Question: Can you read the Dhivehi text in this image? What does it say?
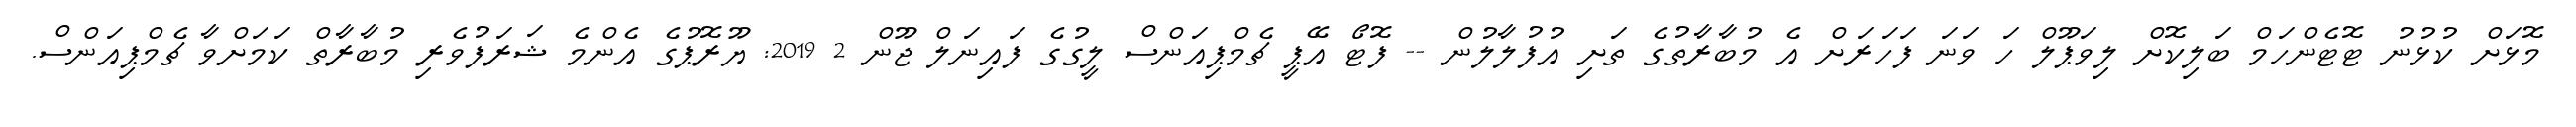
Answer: މޮޅަށް ކުޅުނު ޓޮޓެންހަމް ބަލިކޮށް ލިވަޕޫލް ހަ ވަނަ ފަހަރަށް އެ މުބާރާތުގެ ތަށި އުފުލާލުން -- ފޮޓޯ އޭޕީ ޗެމްޕިއަންސް ލީގުގެ ފައިނަލް ޖޫން 2 2019: ޔޫރޮޕުގެ އެންމެ ޝަރަފުވެރި މުބާރާތް ކަމަށްވާ ޗެމްޕިއަންސް.